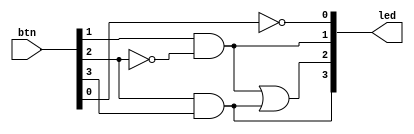
`timescale 1ns / 1ps
// MIT License
// Copyright (c) 2022 Advanced Micro Devices, Inc. All rights reserved.
//
// Permission is hereby granted, free of charge, to any person obtaining a copy
// of this software and associated documentation files (the "Software"), to deal
// in the Software without restriction, including without limitation the rights
// to use, copy, modify, merge, publish, distribute, sublicense, and/or sell
// copies of the Software, and to permit persons to whom the Software is
// furnished to do so, subject to the following conditions:
//
// The above copyright notice and this permission notice shall be included in all
// copies or substantial portions of the Software.
//
// THE SOFTWARE IS PROVIDED "AS IS", WITHOUT WARRANTY OF ANY KIND, EXPRESS OR
// IMPLIED, INCLUDING BUT NOT LIMITED TO THE WARRANTIES OF MERCHANTABILITY,
// FITNESS FOR A PARTICULAR PURPOSE AND NONINFRINGEMENT. IN NO EVENT SHALL THE
// AUTHORS OR COPYRIGHT HOLDERS BE LIABLE FOR ANY CLAIM, DAMAGES OR OTHER
// LIABILITY, WHETHER IN AN ACTION OF CONTRACT, TORT OR OTHERWISE, ARISING FROM,
// OUT OF OR IN CONNECTION WITH THE SOFTWARE OR THE USE OR OTHER DEALINGS IN
// SOFTWARE.

//////////////////////////////////////////////////////////////////////////////////
// Module Name: lab1
//////////////////////////////////////////////////////////////////////////////////


module lab1(
    input [3:0] btn,
     output [3:0] led
    );
    
    assign led[0] = ~btn[0];
    assign led[1] = btn[1] & ~btn[2];
    assign led[3] = btn[2] & btn[3];
    assign led[2] = led[1] | led[3];
     
endmodule